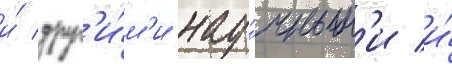
и́ друг'и́м'и нау́чным'и и́